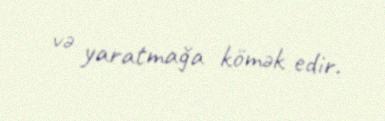
və yaratmağa kömək edir.